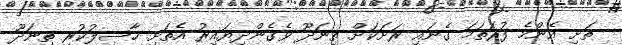
ތަށި އެންމެ ފުރަތަމަ ގެނައި ރަށަކަށް ތިނަދޫ ވެގެންދިޔައިރު އެތަށި ހާސިލުކުރި ތިނަދޫ